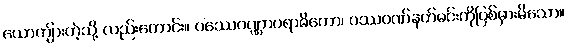
ယောကျ်ားကဲ့သို့ လည်းကောင်း။ ဝဿေဝဏ္ဏာပရာဓိကော၊ ဝဿဝဏ်နတ်မင်းကိုပြစ်မှားမိသော။